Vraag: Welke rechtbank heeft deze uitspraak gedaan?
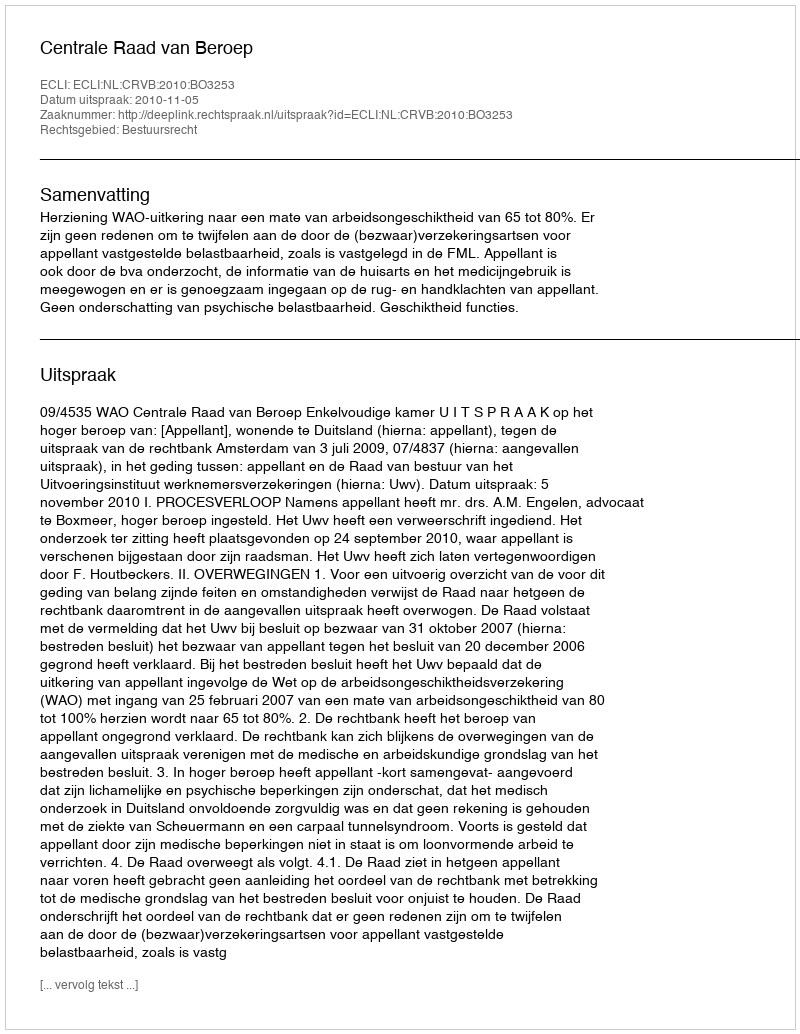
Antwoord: Centrale Raad van Beroep